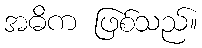
အဓိက ဖြစ်သည်။